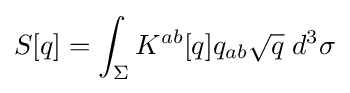
S[q]=\int _{\Sigma }K^{ab}[q]q_{ab}{\sqrt {q}}\;d^{3}\sigma